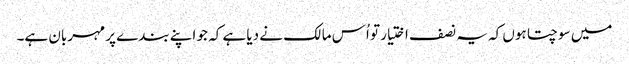
میں سوچتا ہوں کہ یہ نصف اختیار تو اُس مالک نے دیا ہے کہ جو اپنے بندے پر مہربان ہے۔